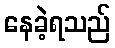
နေခဲ့ရသည်